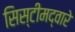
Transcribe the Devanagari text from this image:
सिस्टीमद्वारे